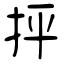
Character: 抨